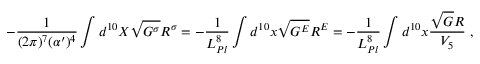
- \frac { 1 } { ( 2 \pi ) ^ { 7 } ( \alpha ^ { \prime } ) ^ { 4 } } \int d ^ { 1 0 } X \sqrt { G ^ { \sigma } } R ^ { \sigma } = - \frac { 1 } { L _ { P l } ^ { 8 } } \int d ^ { 1 0 } x \sqrt { G ^ { E } } R ^ { E } = - \frac { 1 } { L _ { P l } ^ { 8 } } \int d ^ { 1 0 } x \frac { \sqrt { G } R } { V _ { 5 } } \; ,